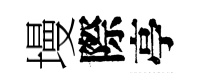
墁際亭